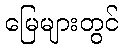
မြေများတွင်